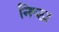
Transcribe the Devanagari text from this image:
निष्‍ठा